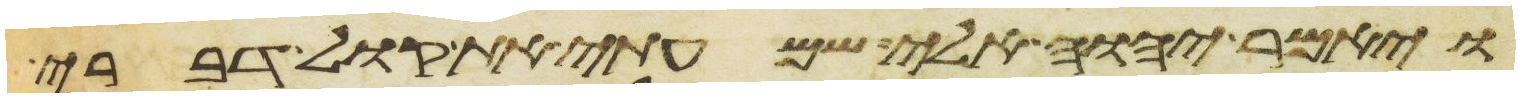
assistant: ויאמר יהוה אלי שמעתי את קול דברי